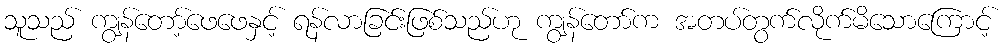
သူသည် ကျွန်တော့်ဖေဖေနှင့် ရန်လာခြင်းဖြစ်သည်ဟု ကျွန်တော်က အတပ်တွက်လိုက်မိသောကြောင့်